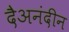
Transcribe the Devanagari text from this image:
दैअनंदीन